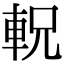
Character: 軦